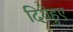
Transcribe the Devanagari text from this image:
दियेहुए